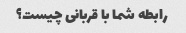
رابطه شما با قربانی چیست؟